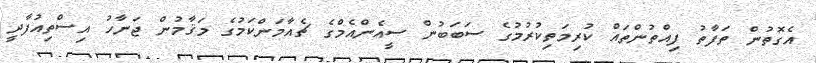
އެގޮތުން ތަފާތު ފިއްތުންތައް ކުރިމަތިކުރުމުގެ ސަަބަބުން ސީއެންއެމްގެ ޗެއާމަންކަމުގެ މަޤާމުން ޖަނާހު އިސްތިއުފާދީ